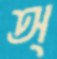
অ্